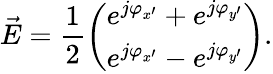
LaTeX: \vec{E}=\frac{1}{2}\left(\begin{array}{l}{e^{j\varphi_{{x^{\prime}}}}+e^{j\varphi_{{y^{\prime}}}}}\\ {e^{j\varphi_{{x^{\prime}}}}-e^{j\varphi_{{y^{\prime}}}}}\end{array}\right).